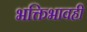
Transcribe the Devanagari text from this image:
भक्तिभावही